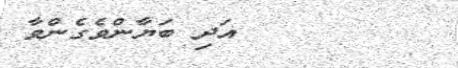
٣٣        އަދި ބަޔާންވެގެންވާ